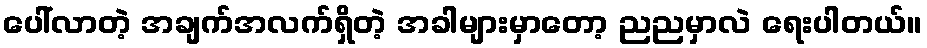
ပေါ်လာတဲ့ အချက်အလက်ရှိတဲ့ အခါများမှာတော့ ညညမှာလဲ ရေးပါတယ်။